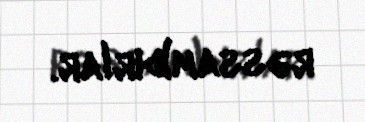
rəssam)dırlar.